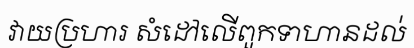
វាយប្រហារ សំដៅលើពួកទាហានដល់